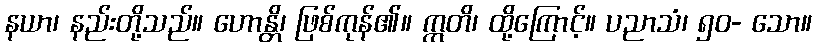
နယာ၊ နည်းတို့သည်။ ဟောန္တိ၊ ဖြစ်ကုန်၏။ ဣတိ၊ ထို့ကြောင့်။ ပညာသံ၊ ၅၀- သော။